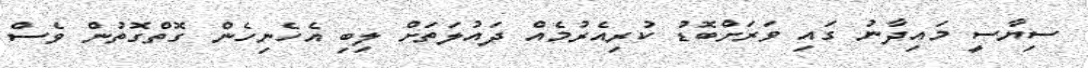
ސިޔާސީ މައިދާނު ގައި ވަރަށްބޮޑު ކުރިއެރުމެއް ދައުލަތަށް ލިބި އެހެނިހެން ގޮތްގޮތުން ވެސް